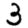
Digit: 3